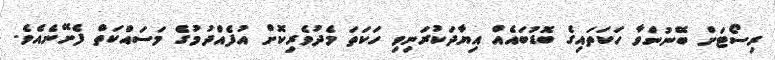
ރިސޯޓަށް ބޭނުންވާ ހަކަތައިގެ ބޮޑުބައެއް އިޔާދަކުރަނިވި ހަކަތަ މެދުވެރިކޮށް އުފެއްދުމުގެ މަސައްކަތް ފެށޭނެއެވެ.